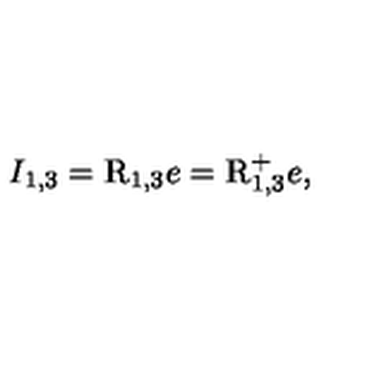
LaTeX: I _ { 1 , 3 } = \mathrm { { \sl I \! \! R } } _ { 1 , 3 } e = \mathrm { { \sl I \! \! R } } _ { 1 , 3 } ^ { + } e ,